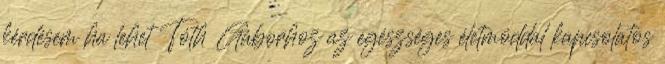
kérdésem ha lehet Tóth Gáborhoz az egészséges életmóddal kapcsolatos